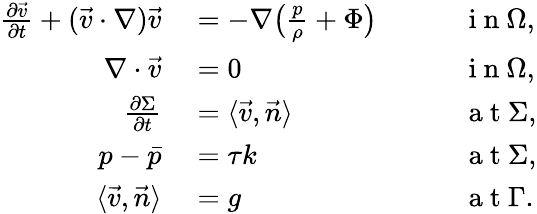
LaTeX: \begin{array}{rlrl}{\frac{\partial\vec{v}}{\partial t}+(\vec{v}\cdot\nabla)\vec{v}}&{{}=-\nabla\big(\frac{p}{\rho}+\Phi\big)\quad}&{}&{{}\mathrm{~i~n~}\Omega,}\\ {\nabla\cdot\vec{v}}&{{}=0\quad}&{}&{{}\mathrm{~i~n~}\Omega,}\\ {\frac{\partial\Sigma}{\partial t}}&{{}=\langle\vec{v},\vec{n}\rangle\quad}&{}&{{}\mathrm{~a~t~}\Sigma,}\\ {p-\bar{p}}&{{}=\tau k\quad}&{}&{{}\mathrm{~a~t~}\Sigma,}\\ {\langle\vec{v},\vec{n}\rangle}&{{}=g\quad}&{}&{{}\mathrm{~a~t~}\Gamma.}\end{array}